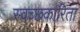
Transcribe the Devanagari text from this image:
स्वच्छकारिता